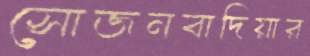
সোজনবাদিয়ার